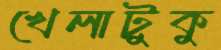
খেলাটুকু